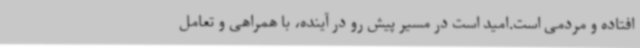
افتاده و مردمی است.امید است در مسیر پیش رو در آینده، با همراهی و تعامل